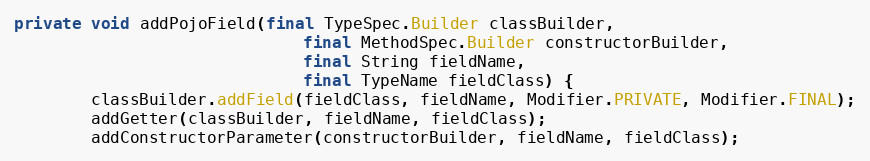
Language: Java
private void addPojoField(final TypeSpec.Builder classBuilder,
                              final MethodSpec.Builder constructorBuilder,
                              final String fieldName,
                              final TypeName fieldClass) {
        classBuilder.addField(fieldClass, fieldName, Modifier.PRIVATE, Modifier.FINAL);
        addGetter(classBuilder, fieldName, fieldClass);
        addConstructorParameter(constructorBuilder, fieldName, fieldClass);